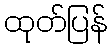
ထုတ်ပြန်